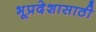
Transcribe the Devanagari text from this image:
भूप्रदेशासाठी